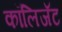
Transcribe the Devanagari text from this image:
कॉलिजॅट